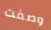
وصفت